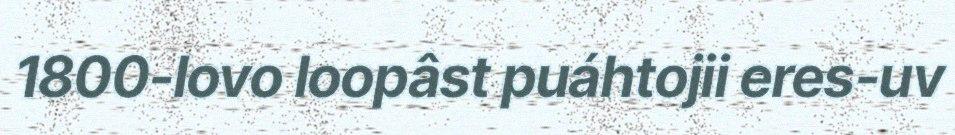
1800-lovo loopâst puáhtojii eres-uv